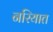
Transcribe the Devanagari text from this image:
नरियात